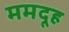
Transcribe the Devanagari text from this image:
ममदूह